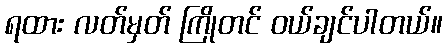
ရထား လတ်မှတ် ကြိုတင် ဝယ်ချင်ပါတယ်။